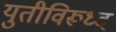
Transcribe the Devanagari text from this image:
युतीविरूध्द